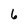
Character: 6